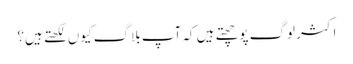
اکثر لوگ پوچھتے ہیں کہ آپ بلاگ کیوں لکھتے ہیں؟